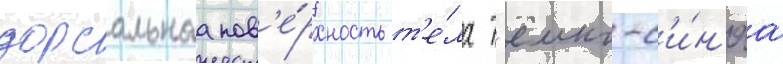
дорсальнаа пов'е́рхность т'е́ла т'ёмно-с'и́н'яа